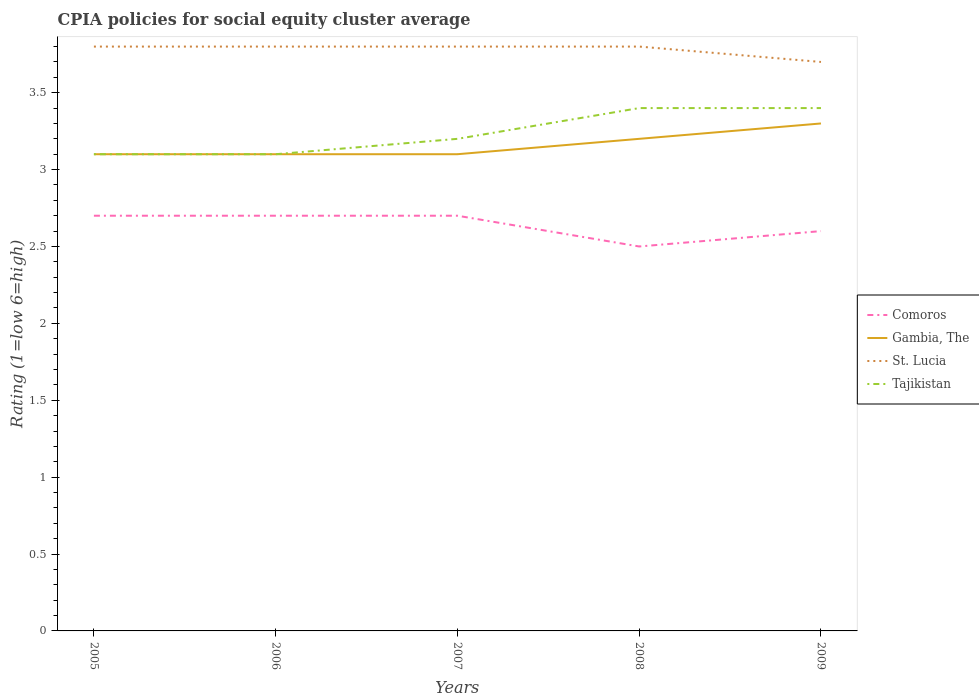
| Years | Comoros | Gambia, The | St. Lucia | Tajikistan |
 | --- | --- | --- | --- | --- |
 | 2005 | 2.7 | 3.1 | 3.8 | 3.1 |
 | 2006 | 2.7 | 3.1 | 3.8 | 3.1 |
 | 2007 | 2.7 | 3.1 | 3.8 | 3.2 |
 | 2008 | 2.5 | 3.2 | 3.8 | 3.4 |
 | 2009 | 2.6 | 3.3 | 3.7 | 3.4 |